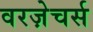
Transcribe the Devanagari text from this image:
वरज़ेचर्स